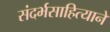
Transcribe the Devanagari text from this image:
संदर्भसाहित्याने